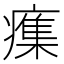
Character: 𭼫